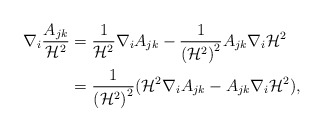
\begin{align*}\nabla_i\frac{A_{jk}}{\mathcal{H}^2}&=\frac{1}{\mathcal{H}^2}\nabla_iA_{jk}-\frac{1}{\left(\mathcal{H}^2\right)^2}A_{jk}\nabla_i\mathcal{H}^2\\&=\frac{1}{\left(\mathcal{H}^2\right)^2}(\mathcal{H}^2\nabla_iA_{jk}-A_{jk}\nabla_i\mathcal{H}^2),\end{align*}